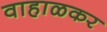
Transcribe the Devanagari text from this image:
वाहाळकर